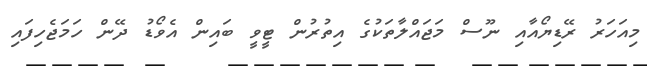
މިއަހަރު ރޭޑިޔޯއާއި ނޫސް މަޖައްލާތަކުގެ އިތުރުން ޓީވީ ބައިން އެވޯޑު ދޭން ހަމަޖެހިފައި